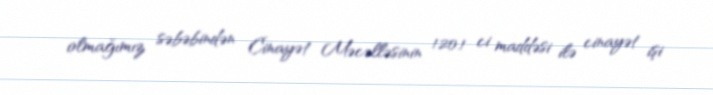
olmağımız səbəbindən Cinayət Məcəlləsinin 120.1 ci maddəsi ilə cinayət işi